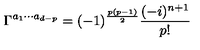
\Gamma ^ { a _ { 1 } \cdots a _ { d - p } } = ( - 1 ) ^ { \frac { p ( p - 1 ) } { 2 } } \frac { ( - i ) ^ { n + 1 } } { p ! }